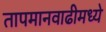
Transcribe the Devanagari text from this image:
तापमानवाढीमध्ये